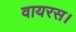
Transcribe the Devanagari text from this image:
वायरस।